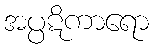
အပ္ပဋိကာရော